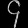
Digit: ၄